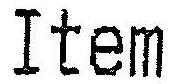
ITEM